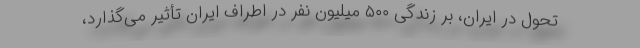
تحول در ایران، بر زندگی ۵۰۰ میلیون نفر در اطراف ایران تأثیر می‌گذارد،